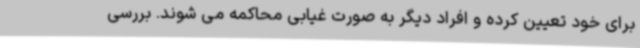
برای خود تعیین کرده و افراد دیگر به صورت غیابی محاکمه می شوند. بررسی